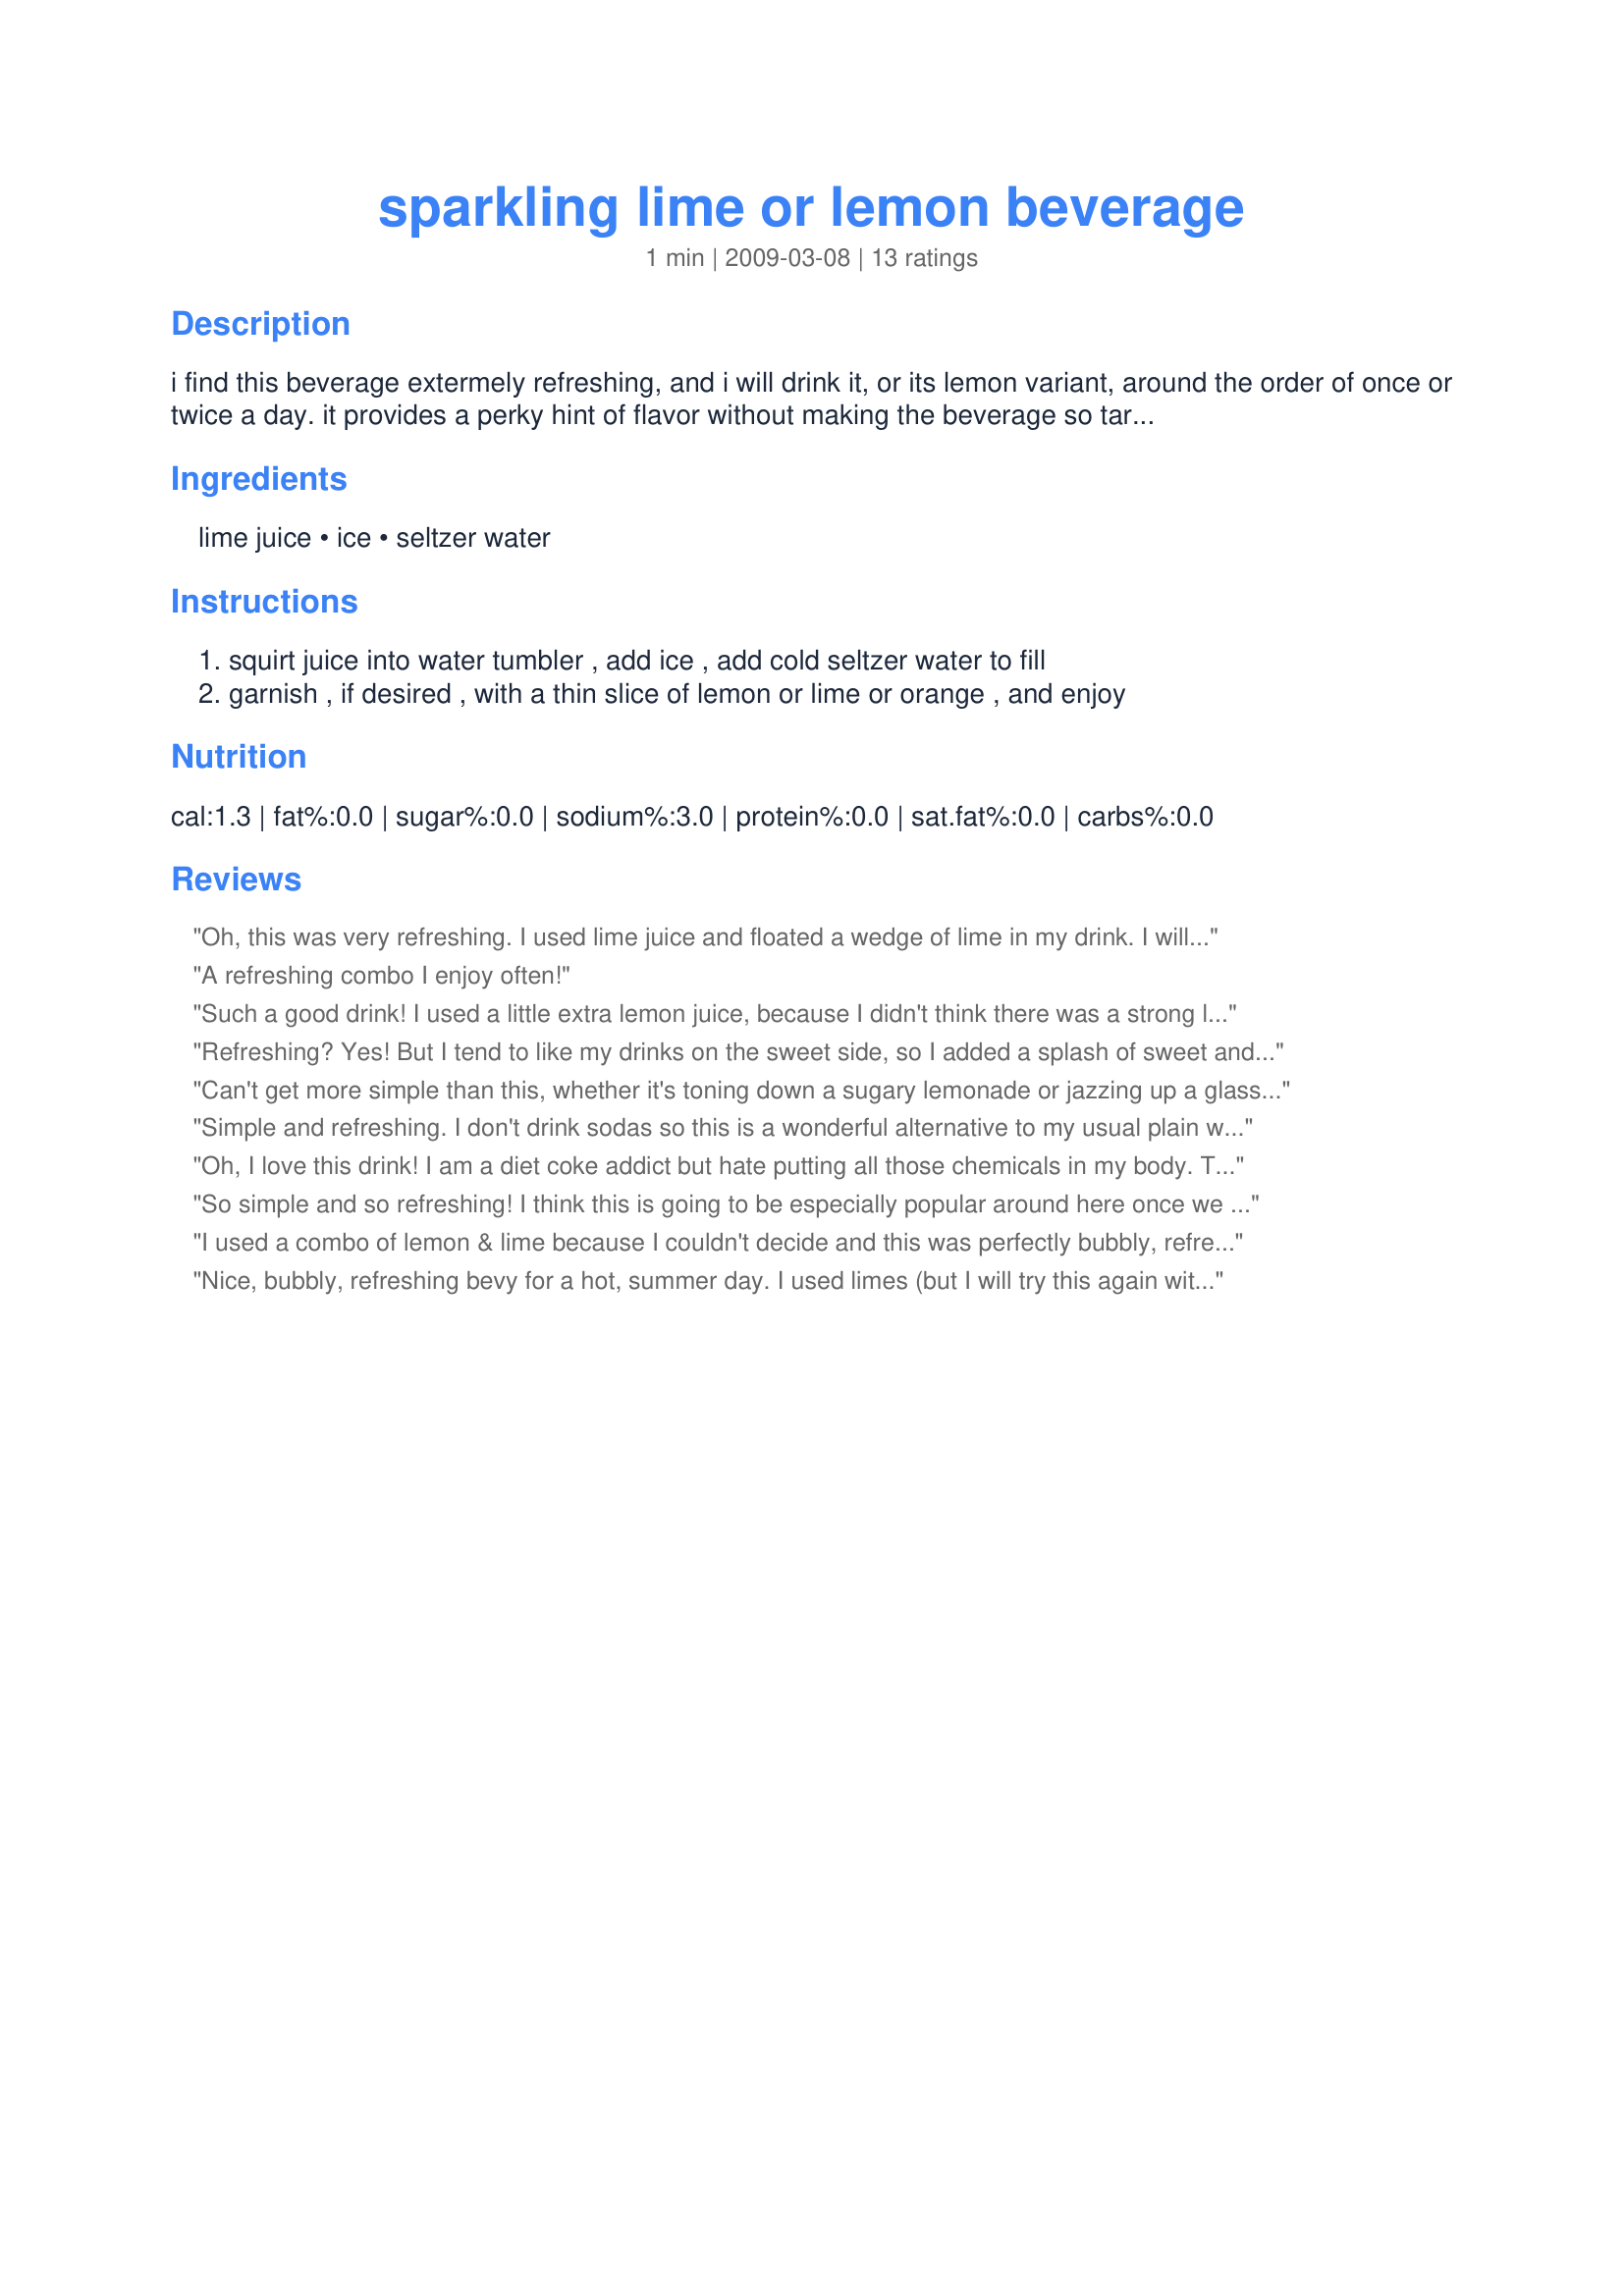
sparkling lime or lemon beverage
Preparation time: 1 minutes

i find this beverage extermely refreshing, and i will drink it, or its lemon variant, around the order of once or twice a day. it provides a perky hint of flavor without making the beverage so tart one is driven to add sugar or sugar substitutes -- and it's simple and quick. and unlike commercially-flavored seltzer waters, it tastes real.

Ingredients:
lime juice, ice, seltzer water

Steps:
squirt juice into water tumbler , add ice , add cold seltzer water to fill, garnish , if desired , with a thin slice of lemon or lime or orange , and enjoy

Reviews:
Oh, this was very refreshing. I used lime juice and floated a wedge of lime in my drink. I will make it again and use lemon juice instead.
A refreshing combo I enjoy often!
Such a good drink! I used a little extra lemon juice, because I didn't think there was a strong lemon taste to it! I also added some lemon slices to the mix.
Refreshing? Yes! But I tend to like my drinks on the sweet side, so I added a splash of sweet and sour mix the second time around to spruce it up! I made mine with lime.
Can't get more simple than this, whether it's toning down a sugary lemonade or jazzing up a glass of water! Tasty & refreshing, especially during the warm summer months! Thanks for sharing the recipe! [Made & reviewed in I Recommend recipe tag]
Simple and refreshing. I don't drink sodas so this is a wonderful alternative to my usual plain water. Thanks, Diann! Made for Veggie Recipe Swap, September 2010.
Oh, I love this drink! I am a diet coke addict but hate putting all those chemicals in my body. This really met that need for me and I can see it becoming a great, healthier substitute for my bad habit ;). I did this during both pregnancies to spice up my water but had completely forgotten about it! Thanks for posting! Made for PAC Spring 2011.
So simple and so refreshing! I think this is going to be especially popular around here once we head into the hot summer days. I used lemon today, but I certainly plan to try lime later too. Thanks for sharing! Veg*n Swap 30
I used a combo of lemon & lime because I couldn't decide and this was perfectly bubbly, refreshing, and cooling on these sunny island days!! Very surprised that DH enjoyed this without added sugar!! He said maybe next time he could have some vodka in it - figures!! Loved JB's idea about using an orange - will give that a go next time. thanks Diann!! Made for Veg*n Swap 26!!
Nice, bubbly, refreshing bevy for a hot, summer day. I used limes (but I will try this again with a lemon and I think again with an orange). Thanks for sharing! Made for Veg*n Swap August 2010.
I made the lemon version, and this was very refreshing after a day spent working in the yard! Thanks for sharing!
A perfectly refreshing end to a wonderful day in the kitchen! I was lucky enough to have an organic meyers lemon that I'd used the peel of earlier in the day looking for a home - part of it ended up in this drink! Thanks, Diann! Made for Veggie Swap #30.
Just right! I used lemon juice and this makes a nice healthy drink. Thanks for posting! Made for New Kids on the Block game.
